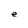
Character: e